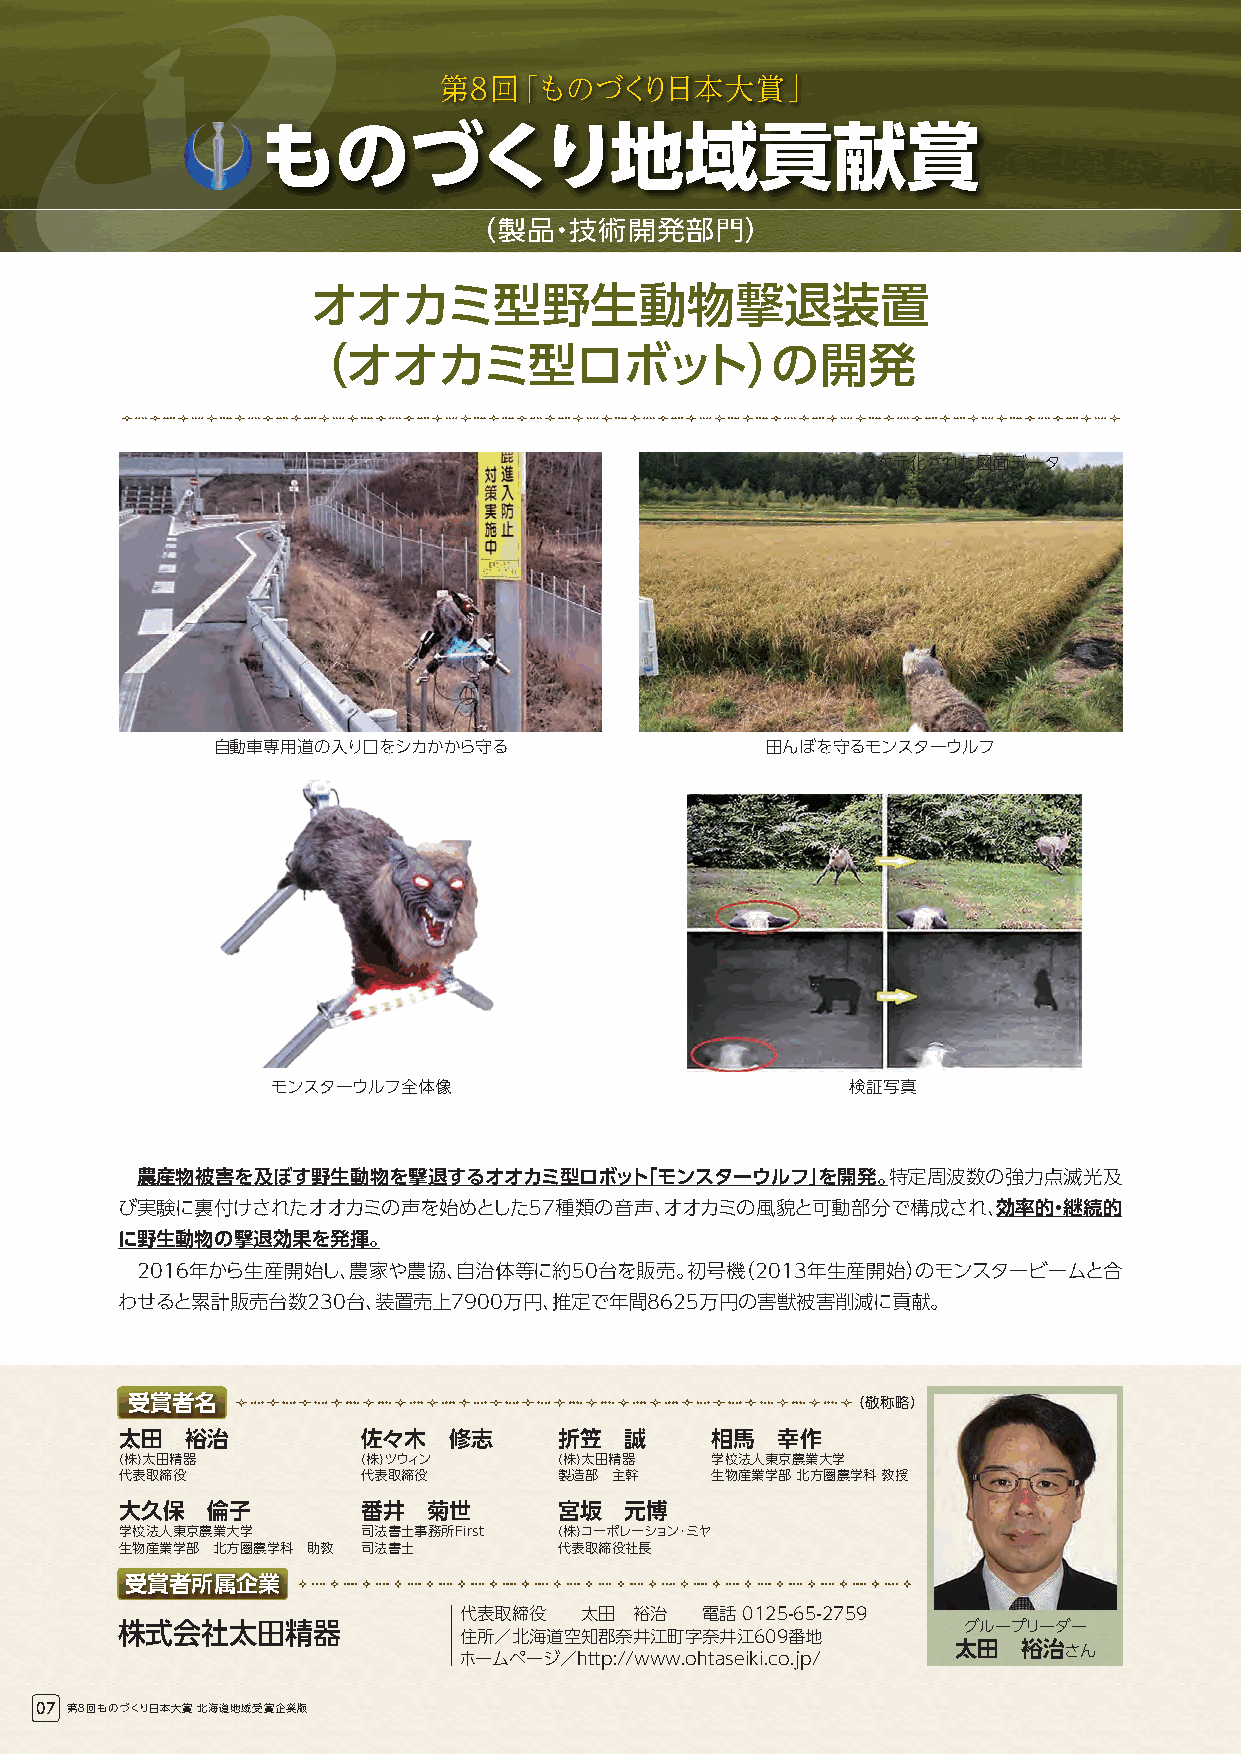
第第88回回「「ももののづづくくりり日日本本大大賞賞」」
 ものづくり地域貢献賞
 （製品・技術開発部門）
 オオカミ型野生動物撃退装置
 （オオカミ型ロボット）の開発
 3次元化された図面データ
 自動車専用道の入り口をシカかから守る                   田んぼを守るモンスターウルフ
 モンスターウルフ全体像                           検証写真
 農産物被害を及ぼす野生動物を撃退するオオカミ型ロボット「モンスターウルフ」を開発。特定周波数の強力点滅光及
 び実験に裏付けされたオオカミの声を始めとした57種類の音声、オオカミの風貌と可動部分で構成され、効率的・継続的
 に野生動物の撃退効果を発揮。
 2016年から生産開始し、農家や農協、自治体等に約50台を販売。初号機（2013年生産開始）のモンスタービームと合
 わせると累計販売台数230台、装置売上7900万円、推定で年間8625万円の害獣被害削減に貢献。
 受賞者名                                            （敬称略）
 太田  裕治          佐々木   修志     折笠  誠     相馬  幸作
 (株)太田精器         (株)ツウィン      (株)太田精器   学校法人東京農業大学
 代表取締役           代表取締役        製造部 主幹    生物産業学部 北方圏農学科 教授
 大久保   倫子        番井  菊世       宮坂  元博
 学校法人東京農業大学      司法書士事務所First (株)コーポレーション･ミヤ
 生物産業学部 北方圏農学科 助教 司法書士        代表取締役社長
 受賞者所属企業
 代表取締役   太田  裕治  電話 0125-65-2759
 株式会社太田精器              住所／北海道空知郡奈井江町字奈井江609番地            グループリーダー
 太田   裕治さん
 ホームページ／http://www.ohtaseiki.co.jp/
 07 第８回ものづくり日本大賞 北海道地域受賞企業版